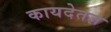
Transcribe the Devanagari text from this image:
कायदेतज्ञ